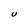
Character: U